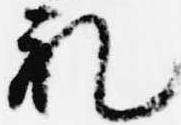
礼